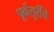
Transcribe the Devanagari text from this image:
पूर्वसुरींचे